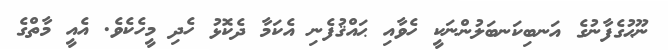
ނޫޙުގެފާނުގެ އަނބިކަނބަލުންނަކީ ހެވާއި ޙައްޤުފެނި އެކަމާ ދެކޮޅު ހެދި މީހެކެވެ. އެއީ މާތްގެ